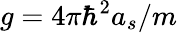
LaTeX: g=4\pi\hbar^{2}a_{s}/m